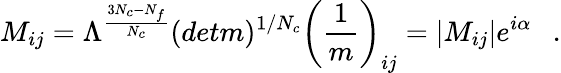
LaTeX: M_{ij}=\Lambda^{{\frac{3N_{c}-N_{f}}{N_{c}}}}(detm)^{1/N_{c}}\left({\frac{1}{m}}\right)_{ij}=|M_{ij}|e^{i\alpha}~~~.